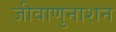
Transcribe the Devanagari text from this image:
जीवाणुनाशन